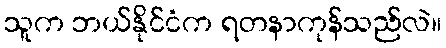
သူက ဘယ်နိုင်ငံက ရတနာကုန်သည်လဲ။